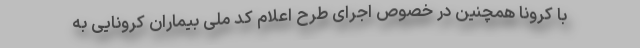
با کرونا همچنین در خصوص اجرای طرح اعلام کد ملی بیماران کرونایی به